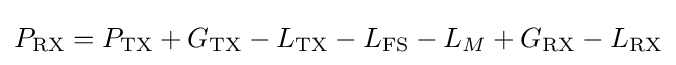
P_{\text{RX}}=P_{\text{TX}}+G_{\text{TX}}-L_{\text{TX}}-L_{\text{FS}}-L_{M}+G_{\text{RX}}-L_{\text{RX}}